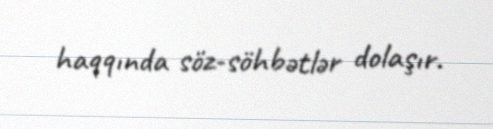
haqqında söz-söhbətlər dolaşır.